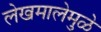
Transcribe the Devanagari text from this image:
लेखमालेमुळे